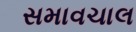
સમાવચાલ